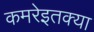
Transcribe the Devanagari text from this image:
कमरेइतक्या